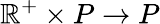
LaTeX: \mathbb R^{+}\times P\to P